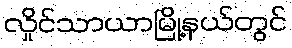
လှိုင်သာယာမြို့နယ်တွင်